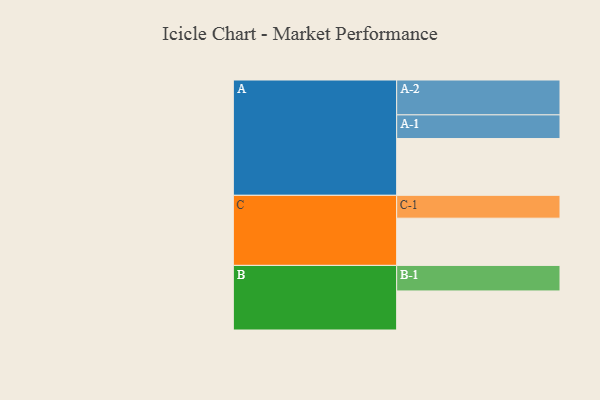
{"axis": {"x": "Segment", "y": "Value"}, "legend": ["", "A", "B", "C"], "data": [{"x": "A", "y": 487, "type": ""}, {"x": "B", "y": 335, "type": ""}, {"x": "C", "y": 405, "type": ""}, {"x": "A-1", "y": 203, "type": "A"}, {"x": "A-2", "y": 299, "type": "A"}, {"x": "B-1", "y": 219, "type": "B"}, {"x": "C-1", "y": 196, "type": "C"}]}